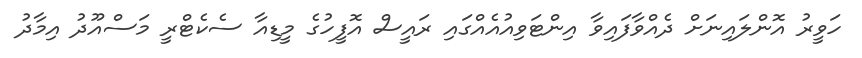
ހަވީރު އޮންލައިނަށް ދެއްވާފައިވާ އިންޓަވިއުއެއްގައި ރައީސް އޮފީހުގެ މީޑިއާ ސެކެޓްރީ މަސްއޫދު އިމާދު